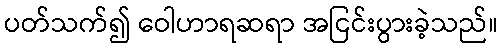
ပတ်သက်၍ ဝေါဟာရဆရာ အငြင်းပွားခဲ့သည်။